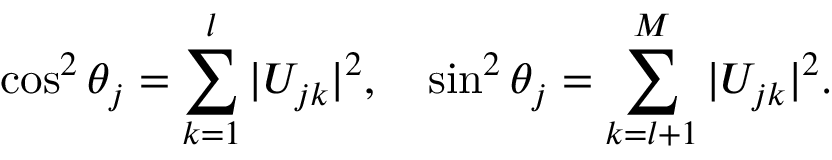
\cos ^ { 2 } { \theta _ { j } } = \sum _ { k = 1 } ^ { l } \vert U _ { j k } \vert ^ { 2 } , \quad \sin ^ { 2 } { \theta _ { j } } = \sum _ { k = l + 1 } ^ { M } \vert U _ { j k } \vert ^ { 2 } .